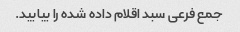
جمع فرعی سبد اقلام داده شده را بیابید.